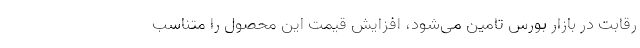
رقابت در بازار بورس تامین می‌شود، افزایش قیمت این محصول را متناسب